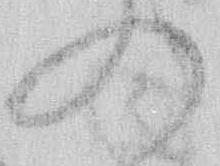
の